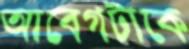
আবেগটাকে